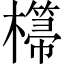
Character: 𣞂